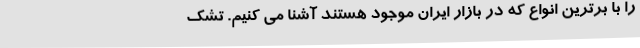
را با برترین انواع که در بازار ایران موجود هستند آشنا می کنیم. تشک